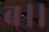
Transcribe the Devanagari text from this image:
ब।।